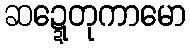
ဆဍ္ဍေတုကာမော